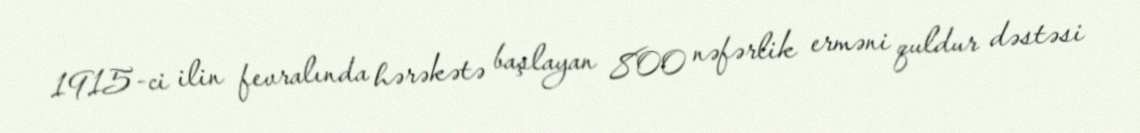
1915-ci ilin fevralında hərəkətə başlayan 800 nəfərlik erməni quldur dəstəsi